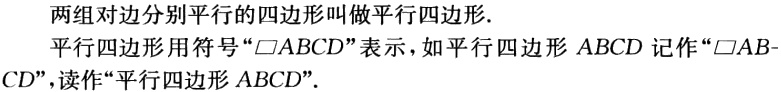
两组对边分别平行的四边形叫做平行四边形.
平行四边形用符号“$\square ABCD$”表示，如平行四边形$ABCD$记作“$\square AB - CD$”，读作“平行四边形$ABCD$”.